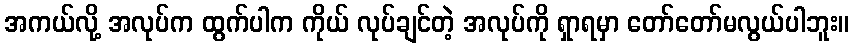
အကယ်လို့ အလုပ်က ထွက်ပါက ကိုယ် လုပ်ချင်တဲ့ အလုပ်ကို ရှာရမှာ တော်တော်မလွယ်ပါဘူး။